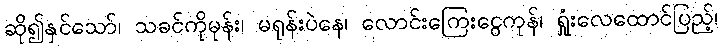
ဆို၍နှင်သော်၊ သခင်ကိုမုန်း၊ မရုန်းပဲနေ၊ လောင်းကြေးငွေကုန်၊ ရှုံးလေထောင်ပြည့်၊